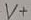
Text: V+